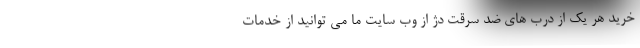
خرید هر یک از درب های ضد سرقت دژ از وب سایت ما می توانید از خدمات